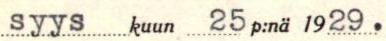
syyskuun 25 p:nä 1929.